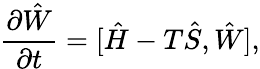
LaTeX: \frac{\partial\hat{W}}{\partial t}=[\hat{H}-T\hat{S},\hat{W}],